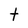
Character: t